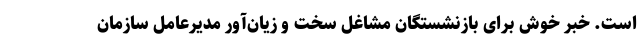
است. خبر خوش برای بازنشستگان مشاغل سخت و زیان‌آور مدیرعامل سازمان